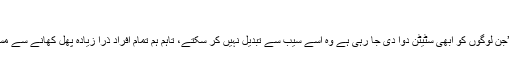
‘
تاہم انھوں نے کہا: ’جن لوگوں کو ابھی سٹیٹن دوا دی جا رہی ہے وہ اسے سیب سے تبدیل نہیں کر سکتے، تاہم ہم تمام افراد ذرا زیادہ پھل کھانے سے مستفید ہو سکتے ہیں۔